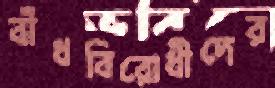
বাঁধবিরোধীদের